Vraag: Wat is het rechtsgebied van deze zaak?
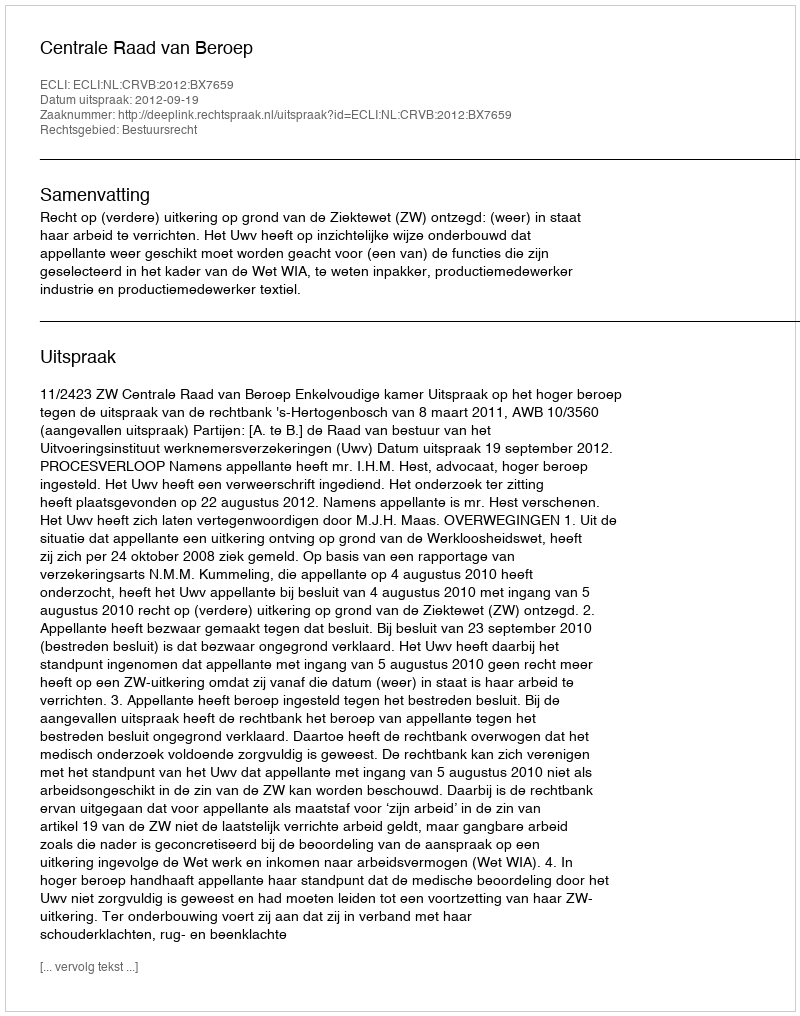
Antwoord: Bestuursrecht